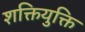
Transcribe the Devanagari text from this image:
शक्तियुक्ति